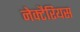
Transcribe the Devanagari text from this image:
नेक्टैरियस